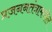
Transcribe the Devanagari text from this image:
प्रजननतंत्रामधील